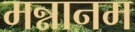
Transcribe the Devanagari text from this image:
मन्नानम